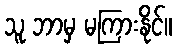
သူ ဘာမှ မကြားနိုင်။